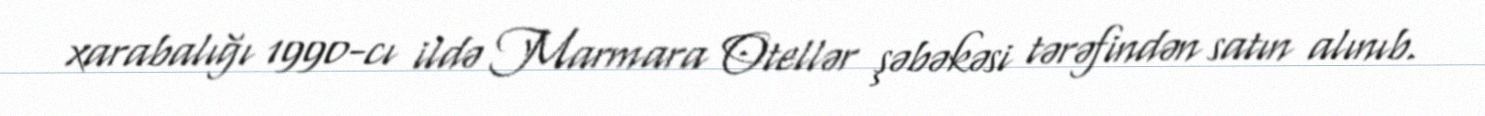
xarabalığı 1990-cı ildə Marmara Otellər şəbəkəsi tərəfindən satın alınıb.